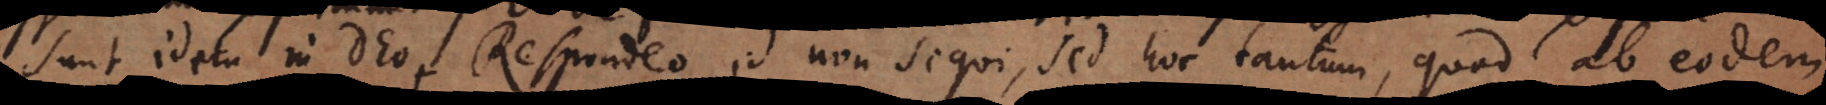
sunt idem in Deo. Respondeo id non sequi, sed hoc tantum, quod ab eodem